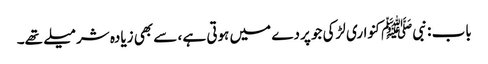
باب : نبیﷺ کنواری لڑکی جو پردے میں ہوتی ہے ، سے بھی زیادہ شرمیلے تھے۔